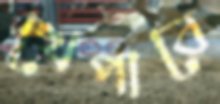
খেপাবে